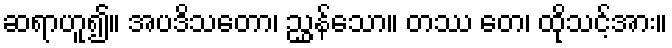
ဆရာဟူ၍။ အပဒိသတော၊ ညွှန်သော။ တဿ တေ၊ ထိုသင့်အား။